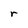
Character: r